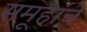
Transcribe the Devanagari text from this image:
समूहांचे